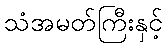
သံအမတ်ကြီးနှင့်